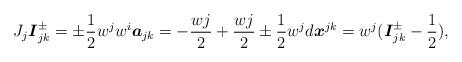
LaTeX: \begin{align*}J_{j}\boldsymbol{I}_{jk}^{\pm }=\pm \frac{1}{2}w^{j}w^{i}\boldsymbol{a}_{jk}=-\frac{wj}{2}+\frac{wj}{2}\pm \frac{1}{2}w^{j}d\boldsymbol{x}^{jk}=w^{j}(\boldsymbol{I}_{jk}^{\pm }-\frac{1}{2}),\end{align*}